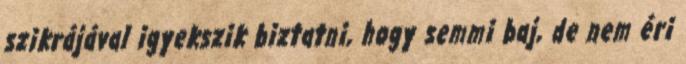
szikrájával igyekszik biztatni, hogy semmi baj, de nem éri